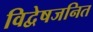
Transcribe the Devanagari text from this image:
विद्वेषजनित